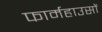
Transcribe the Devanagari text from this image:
फार्महाउसों